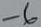
Text: -6